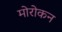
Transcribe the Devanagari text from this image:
मोरोकन